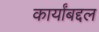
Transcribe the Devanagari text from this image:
कार्यांबद्दल